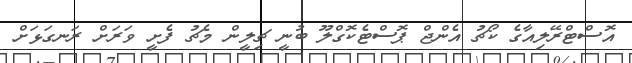
އޮސްޓްރޭލިއާގެ ކޯޗު އެންޖް ޕޮސްޓެކޮގްލޫ ބުނީ ޗިލީން މެޗު ފެށީ ވަރަށް ރަނގަޅަށް